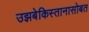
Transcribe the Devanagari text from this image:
उझबेकिस्तानासोबत